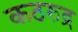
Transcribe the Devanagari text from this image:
कठरुद्र